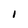
Character: 1